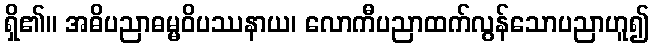
ရှိ၏။ အဓိပညာဓမ္မဝိပဿနာယ၊ လောကီပညာထက်လွန်သောပညာဟူ၍